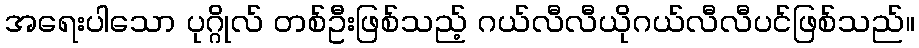
အရေးပါသော ပုဂ္ဂိုလ် တစ်ဦးဖြစ်သည့် ဂယ်လီလီယိုဂယ်လီလီပင်ဖြစ်သည်။